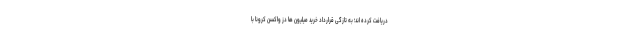
دریافت کرده اند؛ به تازگی قرارداد خرید میلیون ها دُز واکسن کرونا با